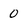
Character: 0